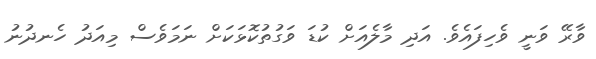
ވާރޭ ވަނީ ވެހިފައެވެ. އަދި މާލެއަށް ކުޑަ ވަގުތުކޮޅަކަށް ނަމަވެސް މިއަދު ހެނދުނު